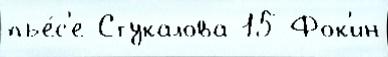
пье́с'е Стукалова 15 Фок'ин